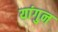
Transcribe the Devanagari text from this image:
यांगुन